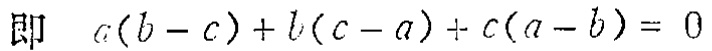
即 \(a(b - c)+b(c - a)+c(a - b)=0\)